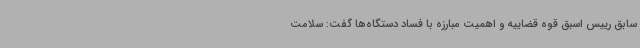
سابق رییس اسبق قوه قضاییه و اهمیت مبارزه با فساد دستگاه‌ها گفت: سلامت